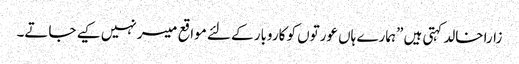
زارا خالد کہتی ہیں ”ہمارے ہاں عورتوں کو کاروبار کے لئے مواقع میسر نہیں کیے جاتے۔